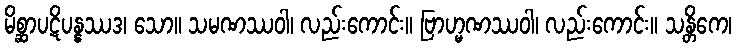
မိစ္ဆာပဋိပန္နဿဒ၊ သော။ သမဏဿဝါ၊ လည်းကောင်း။ ဗြာဟ္မဏဿဝါ၊ လည်းကောင်း။ သန္တိကေ၊